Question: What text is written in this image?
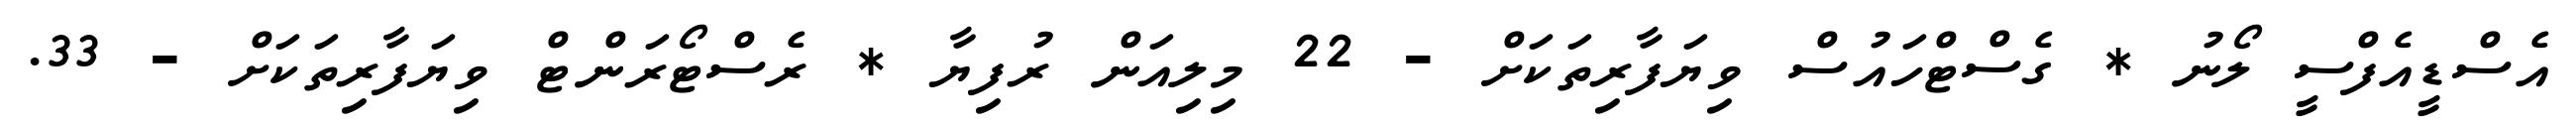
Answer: އެސްޑީއެފްސީ ލޯނު * ގެސްޓްހައުސް ވިޔަފާރިތަކަށް - 22 މިލިއަން ރުފިޔާ * ރެސްޓޯރަންޓް ވިޔަފާރިތަކަށް - 33.